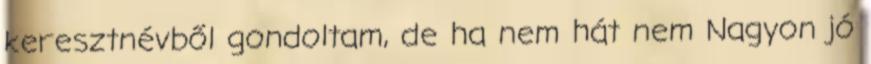
keresztnévből gondoltam, de ha nem hát nem Nagyon jó